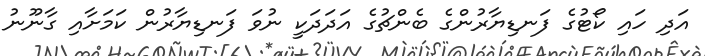
އަދި ހައި ކޯޓުގެ ފަނޑިޔާރުންގެ ބެންޗުގެ އަދަދަކީ ނުވަ ފަނޑިޔާރުން ކަމަށާއި ގާނޫނު